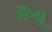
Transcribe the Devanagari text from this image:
रिन्यू